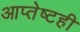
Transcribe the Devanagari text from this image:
आप्तेष्टही